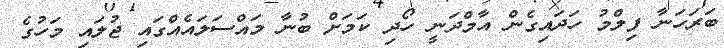
ބަރަހަނާ ފިލްމު ހަދައިގެން އާމްދަނީ ހޯދި ކަމަށް ބުނާ މައްސަލައެއްގައި ޖުލައި މަހުގެ